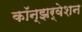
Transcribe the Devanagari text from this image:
कॉन्झर्वेशन